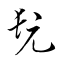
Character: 髠